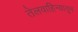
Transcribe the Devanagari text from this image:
तेलवाहिन्यातून